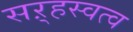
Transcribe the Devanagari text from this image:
सऱ्हस्वत्व